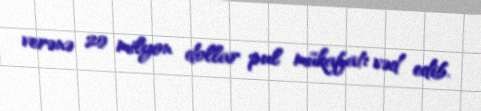
verənə 20 milyon dollar pul mükafatı vəd edib.